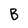
Character: B